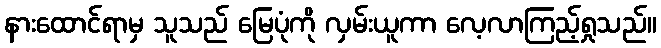
နားထောင်ရာမှ သူသည် မြေပုံကို လှမ်းယူကာ လေ့လာကြည့်ရှုသည်။